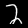
Digit: 2